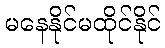
မနေနိုင်မထိုင်နိုင်